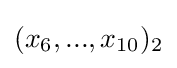
(x_{6},...,x_{10})_{2}